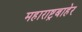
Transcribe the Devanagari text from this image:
महाराष्ट्रबाहेर